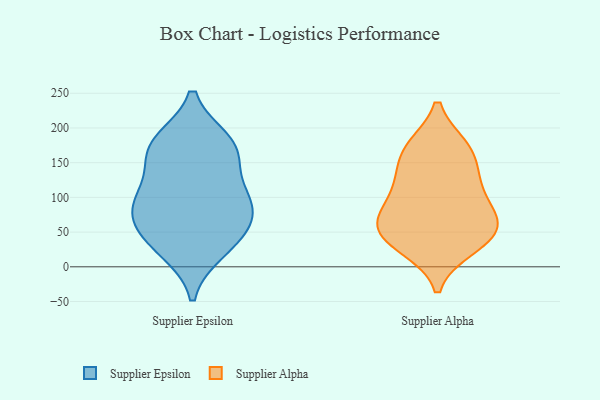
{"axis": {"x": "Conversion Rate (%)", "y": "Value"}, "legend": ["Supplier Alpha", "Supplier Epsilon"], "data": [{"x": "", "y": 159, "type": "Supplier Epsilon"}, {"x": "", "y": 78, "type": "Supplier Epsilon"}, {"x": "", "y": 180, "type": "Supplier Epsilon"}, {"x": "", "y": 74, "type": "Supplier Epsilon"}, {"x": "", "y": 112, "type": "Supplier Epsilon"}, {"x": "", "y": 46, "type": "Supplier Epsilon"}, {"x": "", "y": 177, "type": "Supplier Epsilon"}, {"x": "", "y": 24, "type": "Supplier Epsilon"}, {"x": "", "y": 98, "type": "Supplier Epsilon"}, {"x": "", "y": 169, "type": "Supplier Epsilon"}, {"x": "", "y": 91, "type": "Supplier Epsilon"}, {"x": "", "y": 35, "type": "Supplier Epsilon"}, {"x": "", "y": 33, "type": "Supplier Alpha"}, {"x": "", "y": 130, "type": "Supplier Alpha"}, {"x": "", "y": 28, "type": "Supplier Alpha"}, {"x": "", "y": 120, "type": "Supplier Alpha"}, {"x": "", "y": 45, "type": "Supplier Alpha"}, {"x": "", "y": 172, "type": "Supplier Alpha"}, {"x": "", "y": 171, "type": "Supplier Alpha"}, {"x": "", "y": 75, "type": "Supplier Alpha"}, {"x": "", "y": 45, "type": "Supplier Alpha"}, {"x": "", "y": 168, "type": "Supplier Alpha"}, {"x": "", "y": 79, "type": "Supplier Alpha"}, {"x": "", "y": 116, "type": "Supplier Alpha"}, {"x": "", "y": 67, "type": "Supplier Alpha"}, {"x": "", "y": 66, "type": "Supplier Alpha"}]}